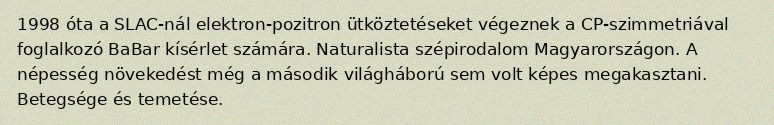
1998 óta a SLAC-nál elektron-pozitron ütköztetéseket végeznek a CP-szimmetriával foglalkozó BaBar kísérlet számára. Naturalista szépirodalom Magyarországon. A népesség növekedést még a második világháború sem volt képes megakasztani. Betegsége és temetése.